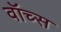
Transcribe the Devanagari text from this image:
वॉच्स